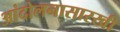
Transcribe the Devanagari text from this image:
आंदोलनासारखी